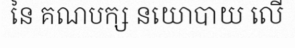
នៃ គណបក្ស នយោបាយ លើ